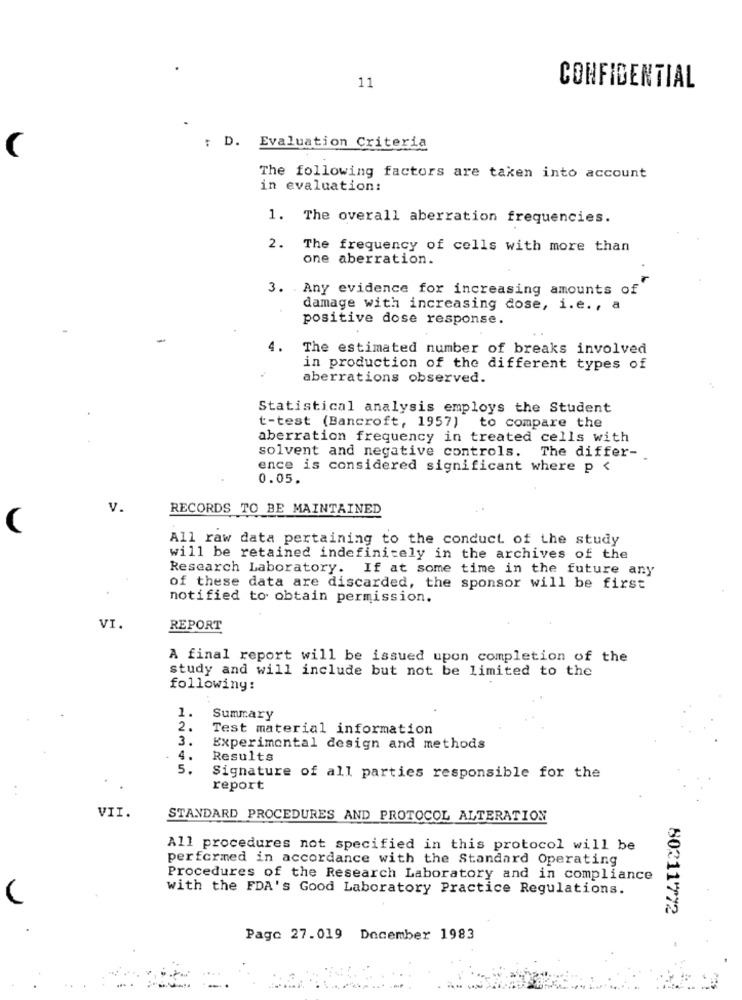
11
CONFIDENTIAL
(
: D. Evaluation Criteria
The following factors are taken into account
in evaluation:
1. The overall aberration frequencies.
2. The frequency of cells with more than
one aberration.
3. . Any evidence for increasing amounts of
damage with increasing dose, i.e ., a
positive dose response.
4.
The estimated number of breaks involved
in production of the different types of
aberrations observed.
Statistical analysis employs the Student
t-test (Bancroft, 1957) to compare the
aberration frequency in treated cells with
solvent and negative controls. The differ-
ence is considered significant where p <
0.05.
v.
RECORDS TO BE MAINTAINED
(
All raw data pertaining to the conduct of the study
will be retained indefinitely in the archives of the
Research Laboratory. If at some time in the future any
of these data are discarded, the sponsor will be first
notified to obtain permission.
VI.
REPORT
A final report will be issued upon completion of the
study and will include but not be limited to the
following:
1.
Summary
2.
Test material information
3.
Experimental design and methods
4.
Results
5.
Signature of all parties responsible for the
report
VII.
STANDARD PROCEDURES AND PROTOCOL ALTERATION
All procedures not specified in this protocol will be
performed in accordance with the Standard Operating
Procedures of the Research Laboratory and in compliance
with the FDA's Good Laboratory Practice Regulations.
80211772
Pago 27.019 December 1983